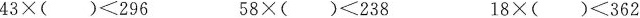
43×()≤296 58×()≤238 18×()≤362